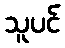
သူပင်